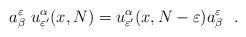
LaTeX: \begin{align*}a^\varepsilon_\beta\ u^\alpha_{\varepsilon '} (x,N)=u^\alpha_{\varepsilon'}(x,N-\varepsilon )a^\varepsilon_\beta\ \ .\end{align*}